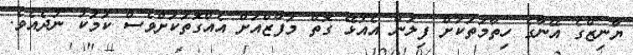
ޔާނިޒްގެ އޭނާގެ ހިތާމަތަކަށް ފިލަން އެއުޅޭ ގޮތް މަފާޒްއަށް އެއްގޮތަކަށްވެސް ކަމަކު ނުދެއެވެ.